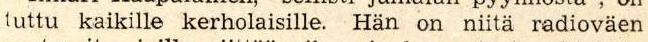
tuttu kaikille kerholaisille. Hän on niitä radioväen